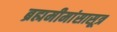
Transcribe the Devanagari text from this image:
ब्रह्ममीमांसासूत्र